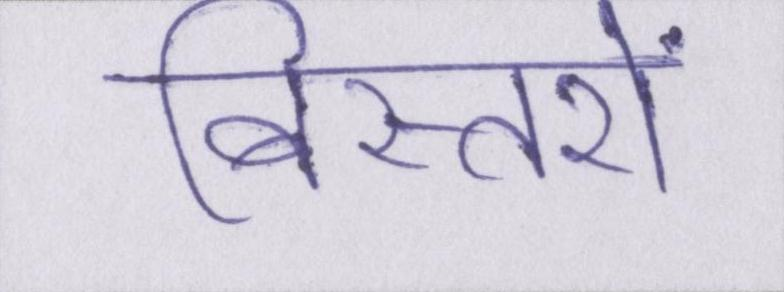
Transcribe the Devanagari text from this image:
बिस्तरों